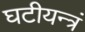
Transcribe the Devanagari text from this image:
घटीयन्त्रं